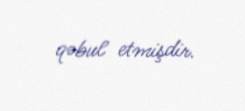
qəbul etmişdir.